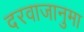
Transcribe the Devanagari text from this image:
दरवाजानुमा